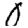
Digit: 0